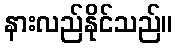
နားလည်နိုင်သည်။